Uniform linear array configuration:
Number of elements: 24
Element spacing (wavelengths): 0.25
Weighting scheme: kaiser
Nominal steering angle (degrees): -30
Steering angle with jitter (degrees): -28.743
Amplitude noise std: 0.05
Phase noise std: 0.05

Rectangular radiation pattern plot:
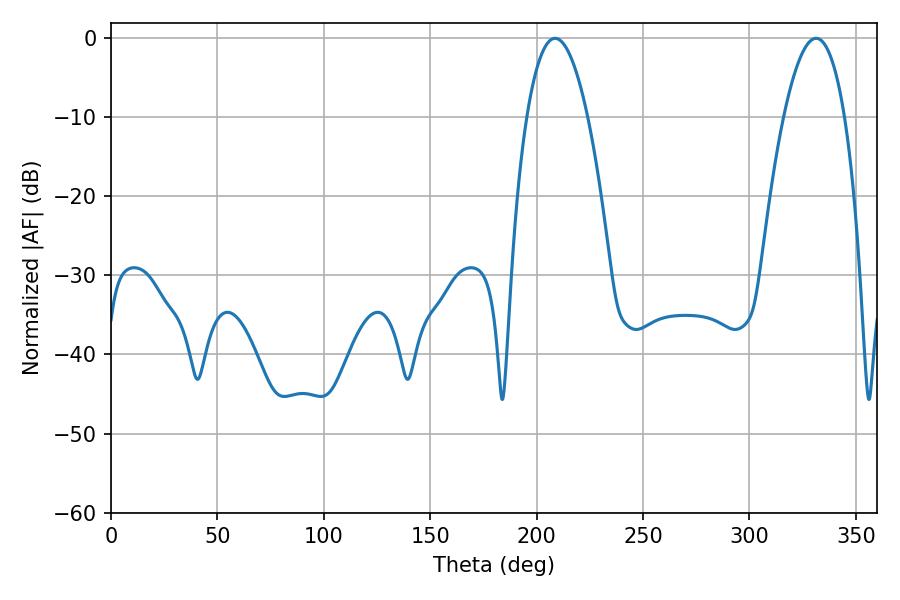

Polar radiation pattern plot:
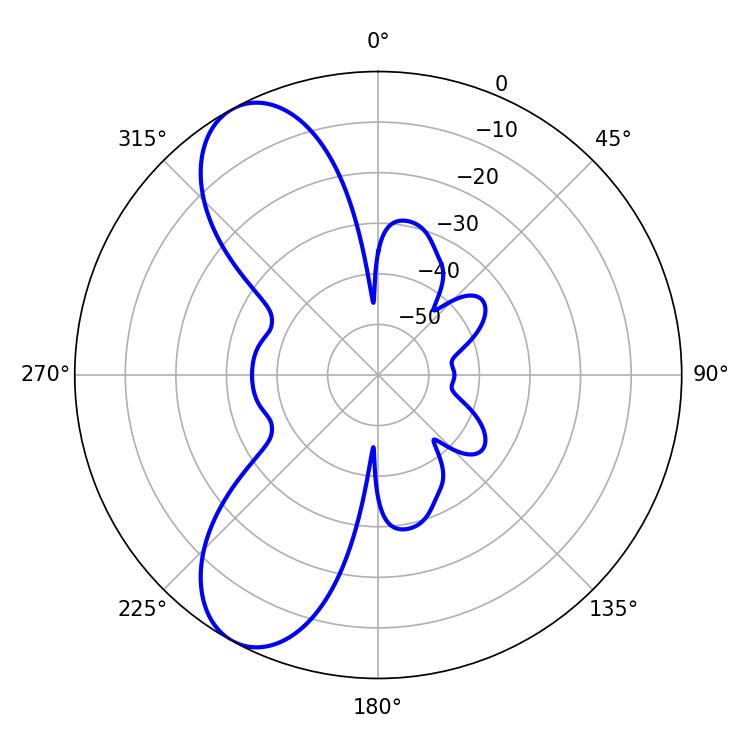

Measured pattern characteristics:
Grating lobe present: FALSE
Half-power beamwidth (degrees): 15.84
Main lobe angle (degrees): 208.62